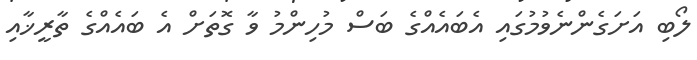
ލޯބި އަށަގެންނެވުމުގައި އެބައެއްގެ ބަސް މުހިންމު ވާ ގޮތަށް އެ ބައެއްގެ ތާރީޚާއި